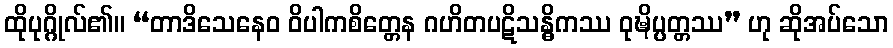
ထိုပုဂ္ဂိုလ်၏။ “တာဒိသေနေဝ ဝိပါကစိတ္တေန ဂဟိတပဋိသန္ဓိကဿ ဝုဍ္ဎိပ္ပတ္တဿ” ဟု ဆိုအပ်သော